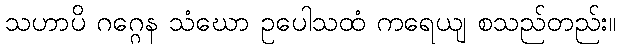
သဟာပိ ဂဂ္ဂေန သံဃော ဥပေါသထံ ကရေယျ စသည်တည်း။